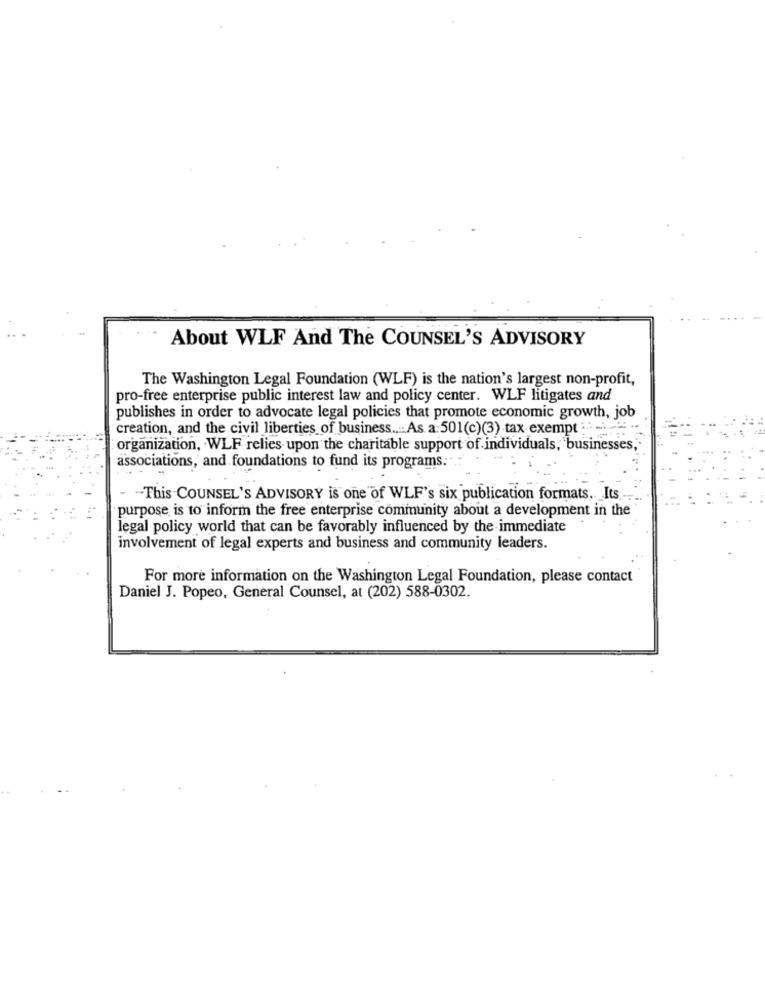
About WLF And The COUNSEL'S ADVISORY
The Washington Legal Foundation (WLF) is the nation's largest non-profit,
pro-free enterprise public interest law and policy center. WLF litigates and
publishes in order to advocate legal policies that promote economic growth, job
creation, and the civil liberties of business .... As a 501(c)(3) tax exempt
organization, WLF relies upon the charitable support of individuals, businesses
associations, and foundations to fund its programs.
-- This COUNSEL'S ADVISORY is one of WLF's six publication formats. Its
purpose is to inform the free enterprise community about a development in the
legal policy world that can be favorably influenced by the immediate
involvement of legal experts and business and community leaders.
For more information on the Washington Legal Foundation, please contact
Daniel J. Popeo, General Counsel, at (202) 588-0302.